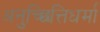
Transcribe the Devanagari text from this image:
अनुच्छित्तिधर्मा